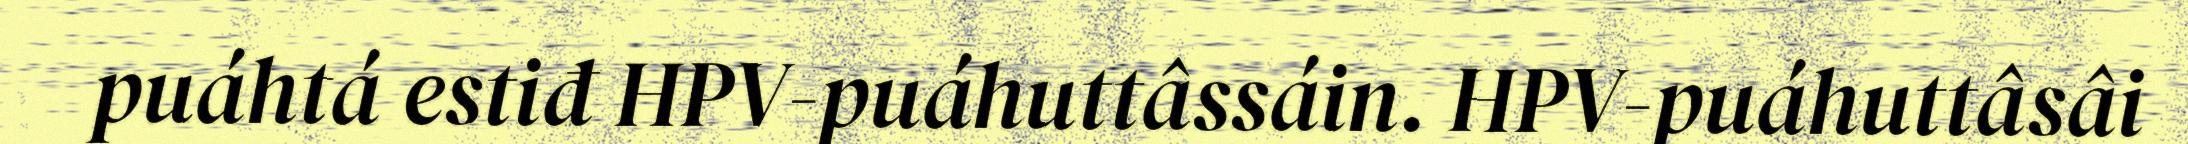
puáhtá estiđ HPV-puáhuttâssáin. HPV-puáhuttâsâi